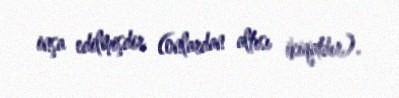
inşa edilmişdir (onlardan altısı ikiqatdır).